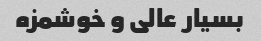
بسیار عالی و خوشمزه